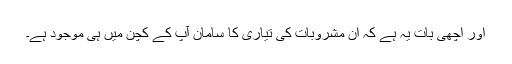
اور اچھی بات یہ ہے کہ ان مشروبات کی تیاری کا سامان آپ کے کچن میں ہی موجود ہے۔